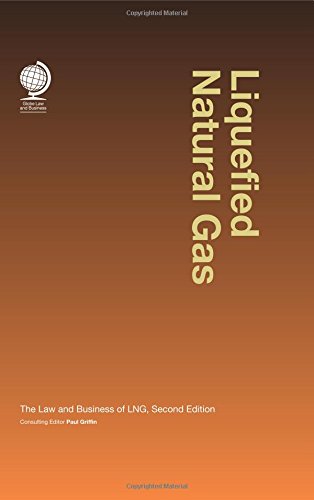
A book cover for Liquefied Natural Gas: The Law and Business of LNG; Law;